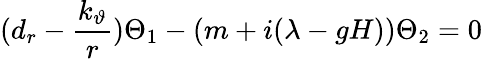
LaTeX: (d_{r}-{\frac{k_{\vartheta}}r})\Theta_{1}-(m+i(\lambda-gH))\Theta_{2}=0